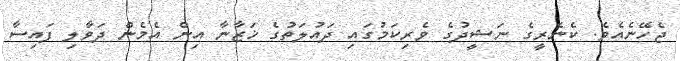
ޖެހޭނެއެވެ. ކެނެރީގެ ނަޝީދުގެ ވެރިކަމުގައި ދައުލަތުގެ ޚަޒާނާ އިން އެމެން ދަވާލި ފައިސާ